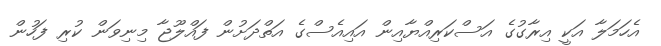
އެހަމަލާ އަކީ އިރާގުގެ އަސްކަރިއްޔާއިން އައިއެސްގެ އަތްދަށުން ފައްލޫޖާ މިނިވަން ކުރި ފަހުން